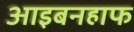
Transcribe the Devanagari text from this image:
आइबनहाफ